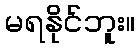
မရနိုင်ဘူး။